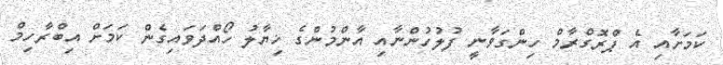
ކަމަށާއި އެ ޕްރޮގްރާމް ހިންގަވާނީ ފުލުހުންނާއި އާންމުންގެ ޚިޔާލު ހޯއްދަވައިގެން ކަމަށް އިބްރާހިމް